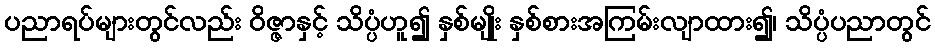
ပညာရပ်များတွင်လည်း ဝိဇ္ဇာနှင့် သိပ္ပံဟူ၍ နှစ်မျိုး နှစ်စားအကြမ်းလျာထား၍၊ သိပ္ပံပညာတွင်